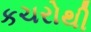
કચરોથી